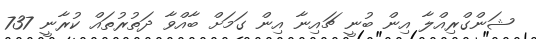
ޝަންގްރިއްލާ އިން ބުނީ ޗައިނާ އިން ގަމަށް ބާއްވާ ދަތުރުތައް ކުރާނީ 737